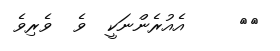
٦٣     އެއުރެންނަކީ  ވެ  ވެރިވެ